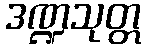
ဒဏ္ဍသုတ္တ